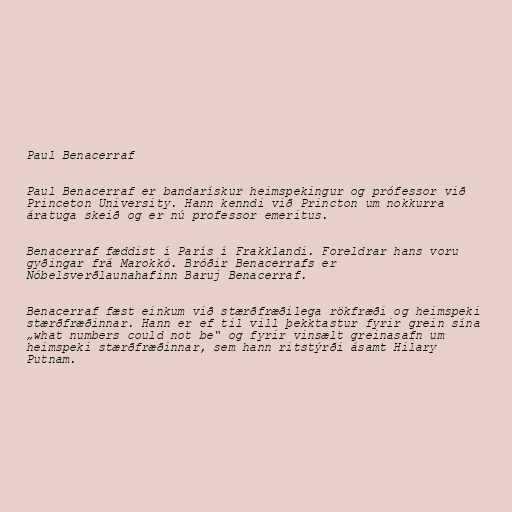
Paul Benacerraf

Paul Benacerraf er bandarískur heimspekingur og prófessor við
Princeton University. Hann kenndi við Princton um nokkurra
áratuga skeið og er nú professor emeritus.

Benacerraf fæddist í París í Frakklandi. Foreldrar hans voru
gyðingar frá Marokkó. Bróðir Benacerrafs er
Nóbelsverðlaunahafinn Baruj Benacerraf.

Benacerraf fæst einkum við stærðfræðilega rökfræði og heimspeki
stærðfræðinnar. Hann er ef til vill þekktastur fyrir grein sína
„what numbers could not be“ og fyrir vinsælt greinasafn um
heimspeki stærðfræðinnar, sem hann ritstýrði ásamt Hilary
Putnam.